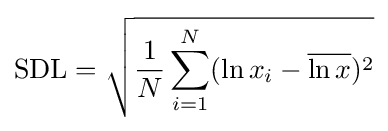
\mathrm {SDL} ={\sqrt {{\frac {1}{N}}\sum _{i=1}^{N}(\ln x_{i}-{\overline {\ln x}})^{2}}}